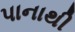
પાનાથી